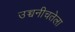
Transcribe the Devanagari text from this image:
उच्चनीचतेला